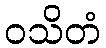
ဝသိတံ